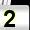
Digit: 2